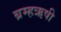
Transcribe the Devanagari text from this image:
ब्रम्हऋषी